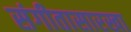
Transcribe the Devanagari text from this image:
संगीतासारखा